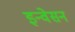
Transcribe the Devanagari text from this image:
इन्वेसन